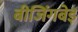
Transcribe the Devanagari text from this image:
बीजिंगबेइ